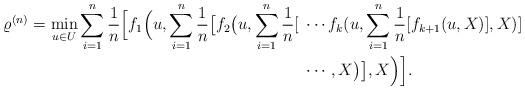
LaTeX: \begin{align*}\varrho^{(n)}=\min_{u\in U}\sum_{i=1}^n \frac{1}{n}\Big[f_1\Big(u,\sum_{i=1}^n \frac{1}{n}\big[f_2\big(u,\sum_{i=1}^n \frac{1}{n}[&\;\cdots f_k(u,\sum_{i=1}^n \frac{1}{n}[f_{k+1}(u,X)],X)]\\&\;\cdots,X\big)\big],X\Big)\Big].\end{align*}